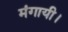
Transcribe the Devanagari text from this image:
मंगायी।